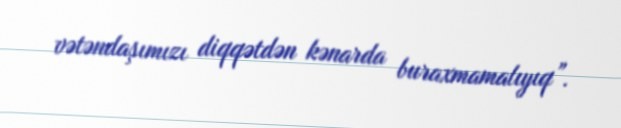
vətəndaşımızı diqqətdən kənarda buraxmamalıyıq”.